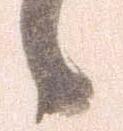
候